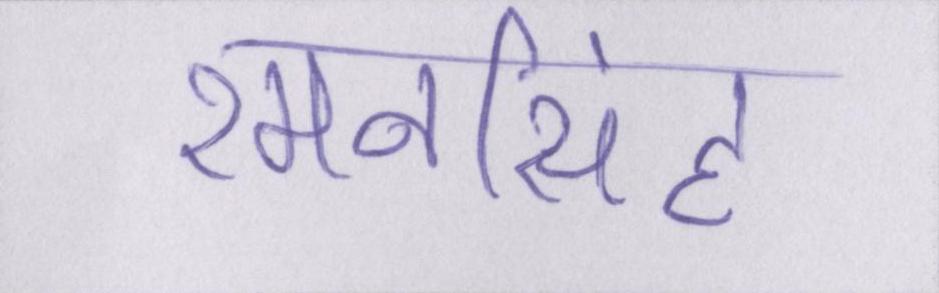
रमनसिंह